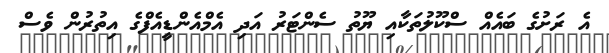
އެ ރަށުގެ ބައެއް ސްކޫލުތަކާއި ޔޫތު ސެންޓަރު އަދި އެމްއެންޑީއެފްގެ އިތުރުން ވެސް